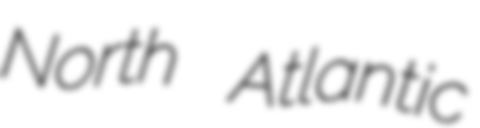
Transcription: North Atlantic